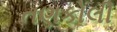
તણકોલી